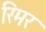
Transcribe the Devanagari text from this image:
रिमर